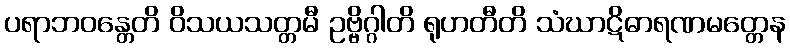
ပရာဘဝန္တေတိ ဝိသယသတ္တမီ ဥဗ္ဗိဂ္ဂါတိ ရုဟတီတိ သံဃာဋိဓာရဏမတ္တေန